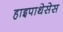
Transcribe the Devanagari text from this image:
हाइपाथेसेस